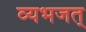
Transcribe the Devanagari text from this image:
व्यभजत्